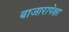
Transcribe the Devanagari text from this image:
बाजारापेक्षा